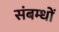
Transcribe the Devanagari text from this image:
संबम्धों